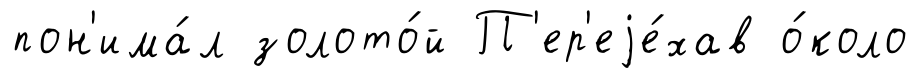
пон'има́л золото́й П'ер'еjе́хав о́коло